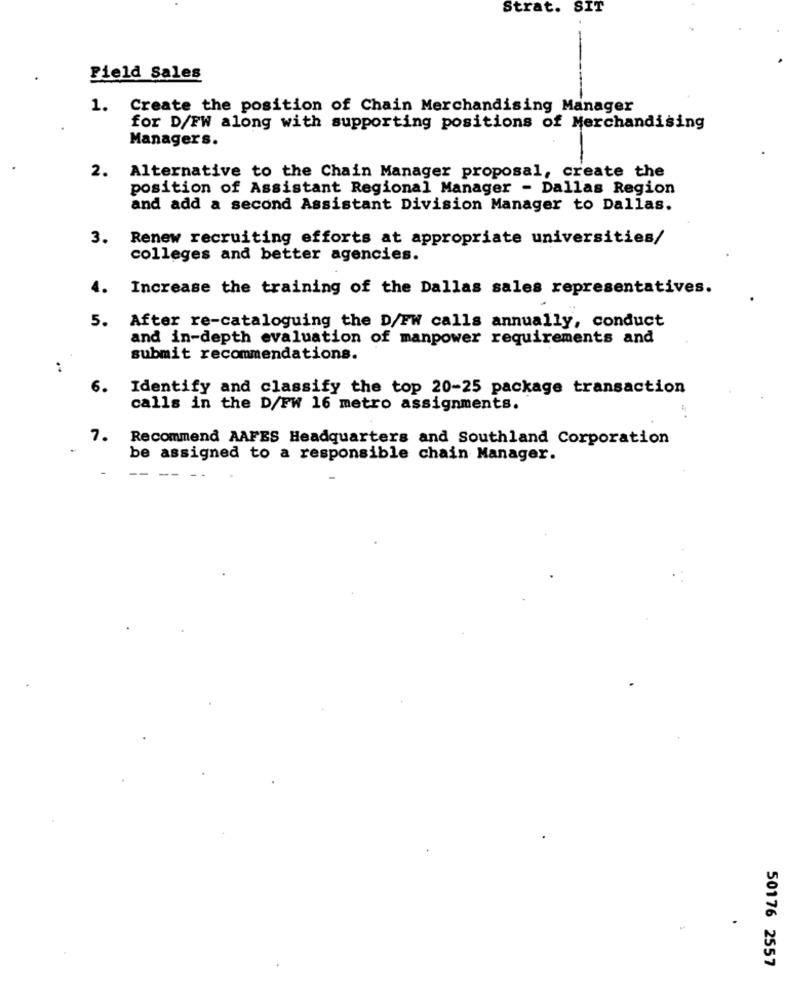
Strat. SIT
Field Sales
1. Create the position of Chain Merchandising Manager
for D/FW along with supporting positions of Merchandising
Managers.
2. Alternative to the Chain Manager proposal, create the
position of Assistant Regional Manager - Dallas Region
and add a second Assistant Division Manager to Dallas.
3.
Renew recruiting efforts at appropriate universities/
colleges and better agencies.
4.
Increase the training of the Dallas sales representatives.
5.
After re-cataloguing the D/FW calls annually, conduct
and in-depth evaluation of manpower requirements and
submit recommendations.
6.
Identify and classify the top 20-25 package transaction
calls in the D/FW 16 metro assignments.
7.
Recommend AAFES Headquarters and Southland Corporation
be assigned to a responsible chain Manager.
50176 2557